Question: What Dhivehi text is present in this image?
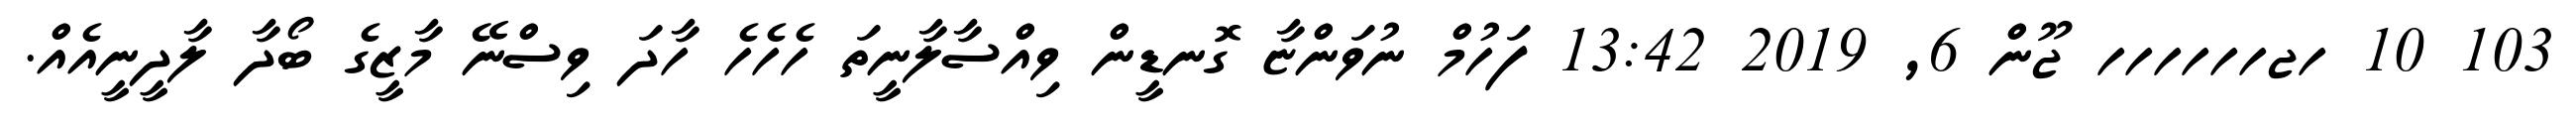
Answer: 103 10 ހޖހހހހހހ ޖޫން 6, 2019 13:42 ފަހުމް ނުވަންޏާ ގޮނޑީން ވިއްސާލާނީތަ ހެހެހެ ހާދަ ވިސްނޭ މާޒީގެ ބޯދާ ލާދީނީއެއް.